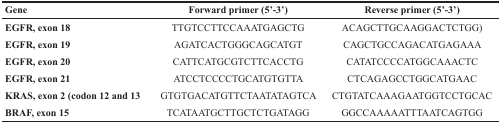
<table><thead><tr><td><b>Gene</b></td><td><b>Forward primer (5′-3′)</b></td><td><b>Reverse primer (5′-3′)</b></td></tr></thead><tbody><tr><td><b>EGFR, exon 18</b></td><td>TTGTCCTTCCAAATGAGCTG</td><td>ACAGCTTGCAAGGACTCTGG)</td></tr><tr><td><b>EGFR, exon 19</b></td><td>AGATCACTGGGCAGCATGT</td><td>CAGCTGCCAGACATGAGAAA</td></tr><tr><td><b>EGFR, exon 20</b></td><td>CATTCATGCGTCTTCACCTG</td><td>CATATCCCCATGGCAAACTC</td></tr><tr><td><b>EGFR, exon 21</b></td><td>ATCCTCCCCTGCATGTGTTA</td><td>CTCAGAGCCTGGCATGAAC</td></tr><tr><td><b>KRAS, exon 2 (codon 12 and 13</b></td><td>GTGTGACATGTTCTAATATAGTCA</td><td>CTGTATCAAAGAATGGTCCTGCAC</td></tr><tr><td><b>BRAF, exon 15</b></td><td>TCATAATGCTTGCTCTGATAGG</td><td>GGCCAAAAATTTAATCAGTGG</td></tr></tbody></table>